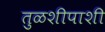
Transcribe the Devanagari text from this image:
तुळशीपाशी